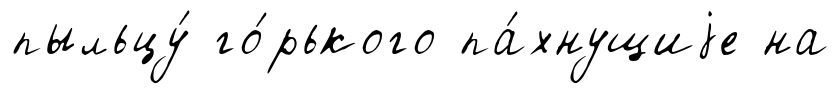
пыльцу́ го́рького па́хнущиjе на